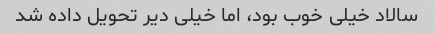
سالاد خیلی خوب بود، اما خیلی دیر تحویل داده شد